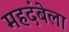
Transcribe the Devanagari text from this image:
महदंबेला